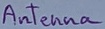
Text: Antenna